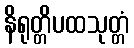
နိရုတ္တိပထသုတ္တံ